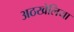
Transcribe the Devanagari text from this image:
अठखेलिया